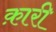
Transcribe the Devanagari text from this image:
क़ारी